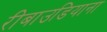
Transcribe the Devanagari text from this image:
रीबाउडियाना